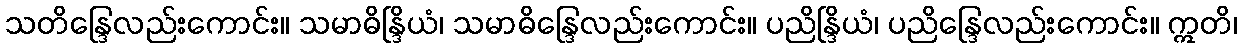
သတိန္ဒြေလည်းကောင်း။ သမာဓိန္ဒြိယံ၊ သမာဓိန္ဒြေလည်းကောင်း။ ပညိန္ဒြိယံ၊ ပညိန္ဒြေလည်းကောင်း။ ဣတိ၊